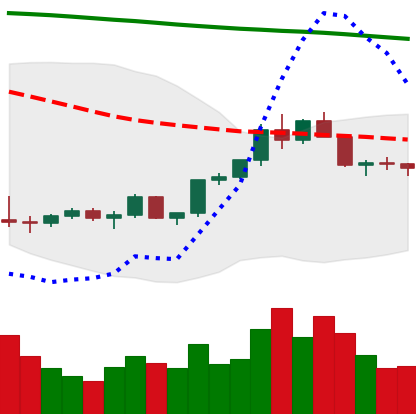
Ticker: LTC-USD
Chart end date: 2022-02-14
Forward return: -7.285%
Label: down_7plus